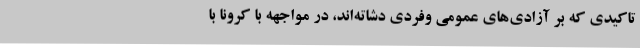
تاکیدی که بر آزادی‌های عمومی وفردی دشاته‌اند، در مواجهه با کرونا با